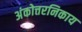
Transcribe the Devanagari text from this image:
अंकोत्तरनिकाय